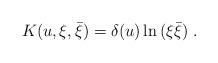
LaTeX: \begin{align*}K(u, \xi , \bar \xi ) = \delta(u) \ln \, ( \xi \bar \xi)\ .\end{align*}